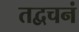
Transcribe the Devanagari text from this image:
तद्वचनं